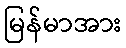
မြန်မာအား